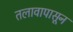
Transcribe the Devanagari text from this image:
तलावापासून